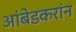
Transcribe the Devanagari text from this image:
आंबेडकरांन